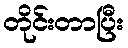
တိုင်းတာပြီး